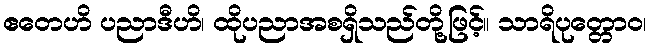
ဧတေဟိ ပညာဒီဟိ၊ ထိုပညာအစရှိသည်တို့ဖြင့်။ သာရိပုတ္တောဝ၊